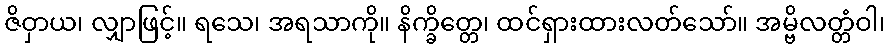
ဇိဝှာယ၊ လျှာဖြင့်။ ရသေ၊ အရသာကို။ နိက္ခိတ္တေ၊ ထင်ရှားထားလတ်သော်။ အမ္ဗိလတ္တံဝါ၊